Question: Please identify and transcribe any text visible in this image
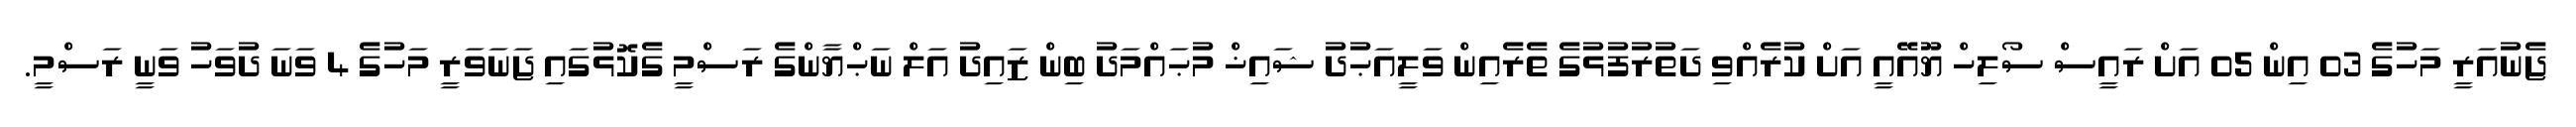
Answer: ޖެނުއަރީ މަހުގެ 03 އިން 05 އަށް ރައީސް ސޯލިހް ޔޫއޭއީ އަށް ކުރެއްވި ދަތުރުފުޅުގެ ތެރެއިން ވަލީއަޙުދު ޝައިޚް މުޙައްމަދު ބިން ޒައިދު އަލް ނަޙްޔާންގެ ރަސްމީ ގެކޮޅުގައި ޖަނަވަރީ މަހުގެ 4 ވަނަ ދުވަހު ވަނީ ރަސްމީ.